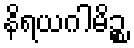
နိရယဂါမိဉ္စ